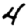
Digit: 4